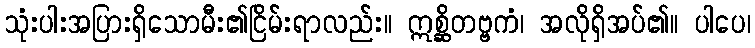
သုံးပါးအပြားရှိသောမီး၏ငြိမ်းရာလည်း။ ဣစ္ဆိတဗ္ဗကံ၊ အလိုရှိအပ်၏။ ပါပေ၊